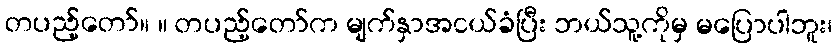
တပည့်တော်။ ။ တပည့်တော်က မျက်နှာအငယ်ခံပြီး ဘယ်သူ့ကိုမှ မပြောပါဘူး၊